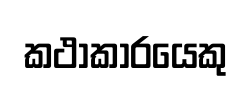
කථාකාරයෙකු